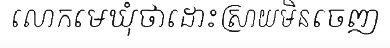
លោកមេឃុំថាដោះស្រាយមិនចេញ